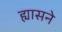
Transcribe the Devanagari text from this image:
ह्यासने